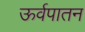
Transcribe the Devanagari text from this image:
ऊर्वपातन